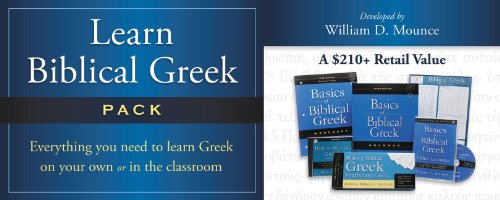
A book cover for Learn Biblical Greek Pack: Integrated for Use with Basics of Biblical Greek; William D. Mounce; Christian Books & Bibles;